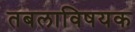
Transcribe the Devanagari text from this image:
तबलाविषयक